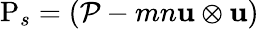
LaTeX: \mathrm{P}_{s}=(\mathcal{P}-mn\mathbf{u}\otimes\mathbf{u})